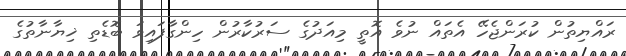
ރައްޔިތުން ކުރަންޖެހޭ އެތައް ނުވެ އޮތީ މިއަދުގެ ސަރުކާރުން ހިންގާފައިވަ ބޮޑެތި ޚިޔާނާތުގެ